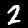
Label: 2